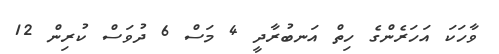
ވާހަކަ އަހަރެންގެ ހިތް އަނބުރާދީ 4 މަސް 6 ދުވަސް ކުރިން 12